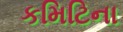
કમિટિના